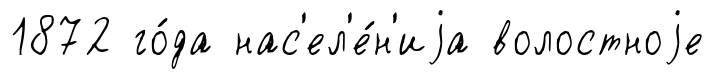
1872 го́да нас'ел'е́н'иjа волостноjе